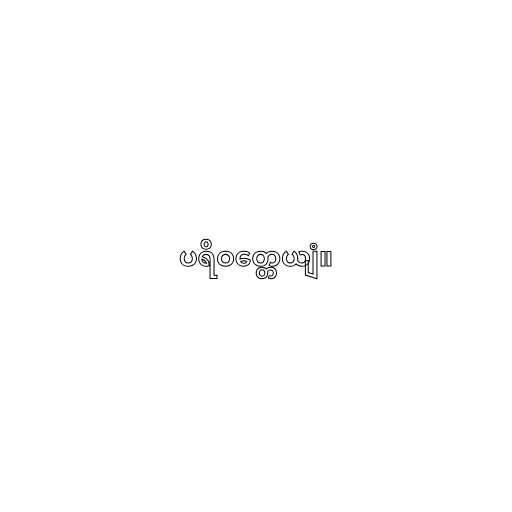
ပရိဝတ္တေယျံ။